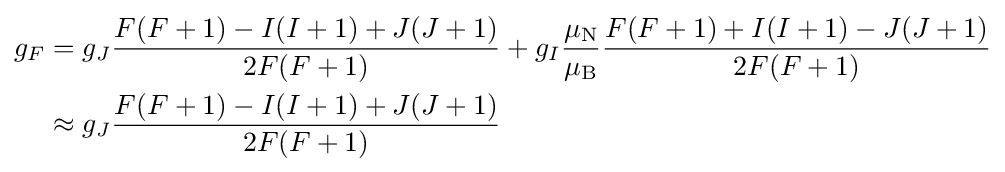
{\begin{aligned}g_{F}&=g_{J}{\frac {F(F+1)-I(I+1)+J(J+1)}{2F(F+1)}}+g_{I}{\frac {\mu _{\text{N}}}{\mu _{\text{B}}}}{\frac {F(F+1)+I(I+1)-J(J+1)}{2F(F+1)}}\\&\approx g_{J}{\frac {F(F+1)-I(I+1)+J(J+1)}{2F(F+1)}}\end{aligned}}